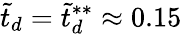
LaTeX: \tilde{t}_{d}=\tilde{t}_{d}^{**}\approx 0.15